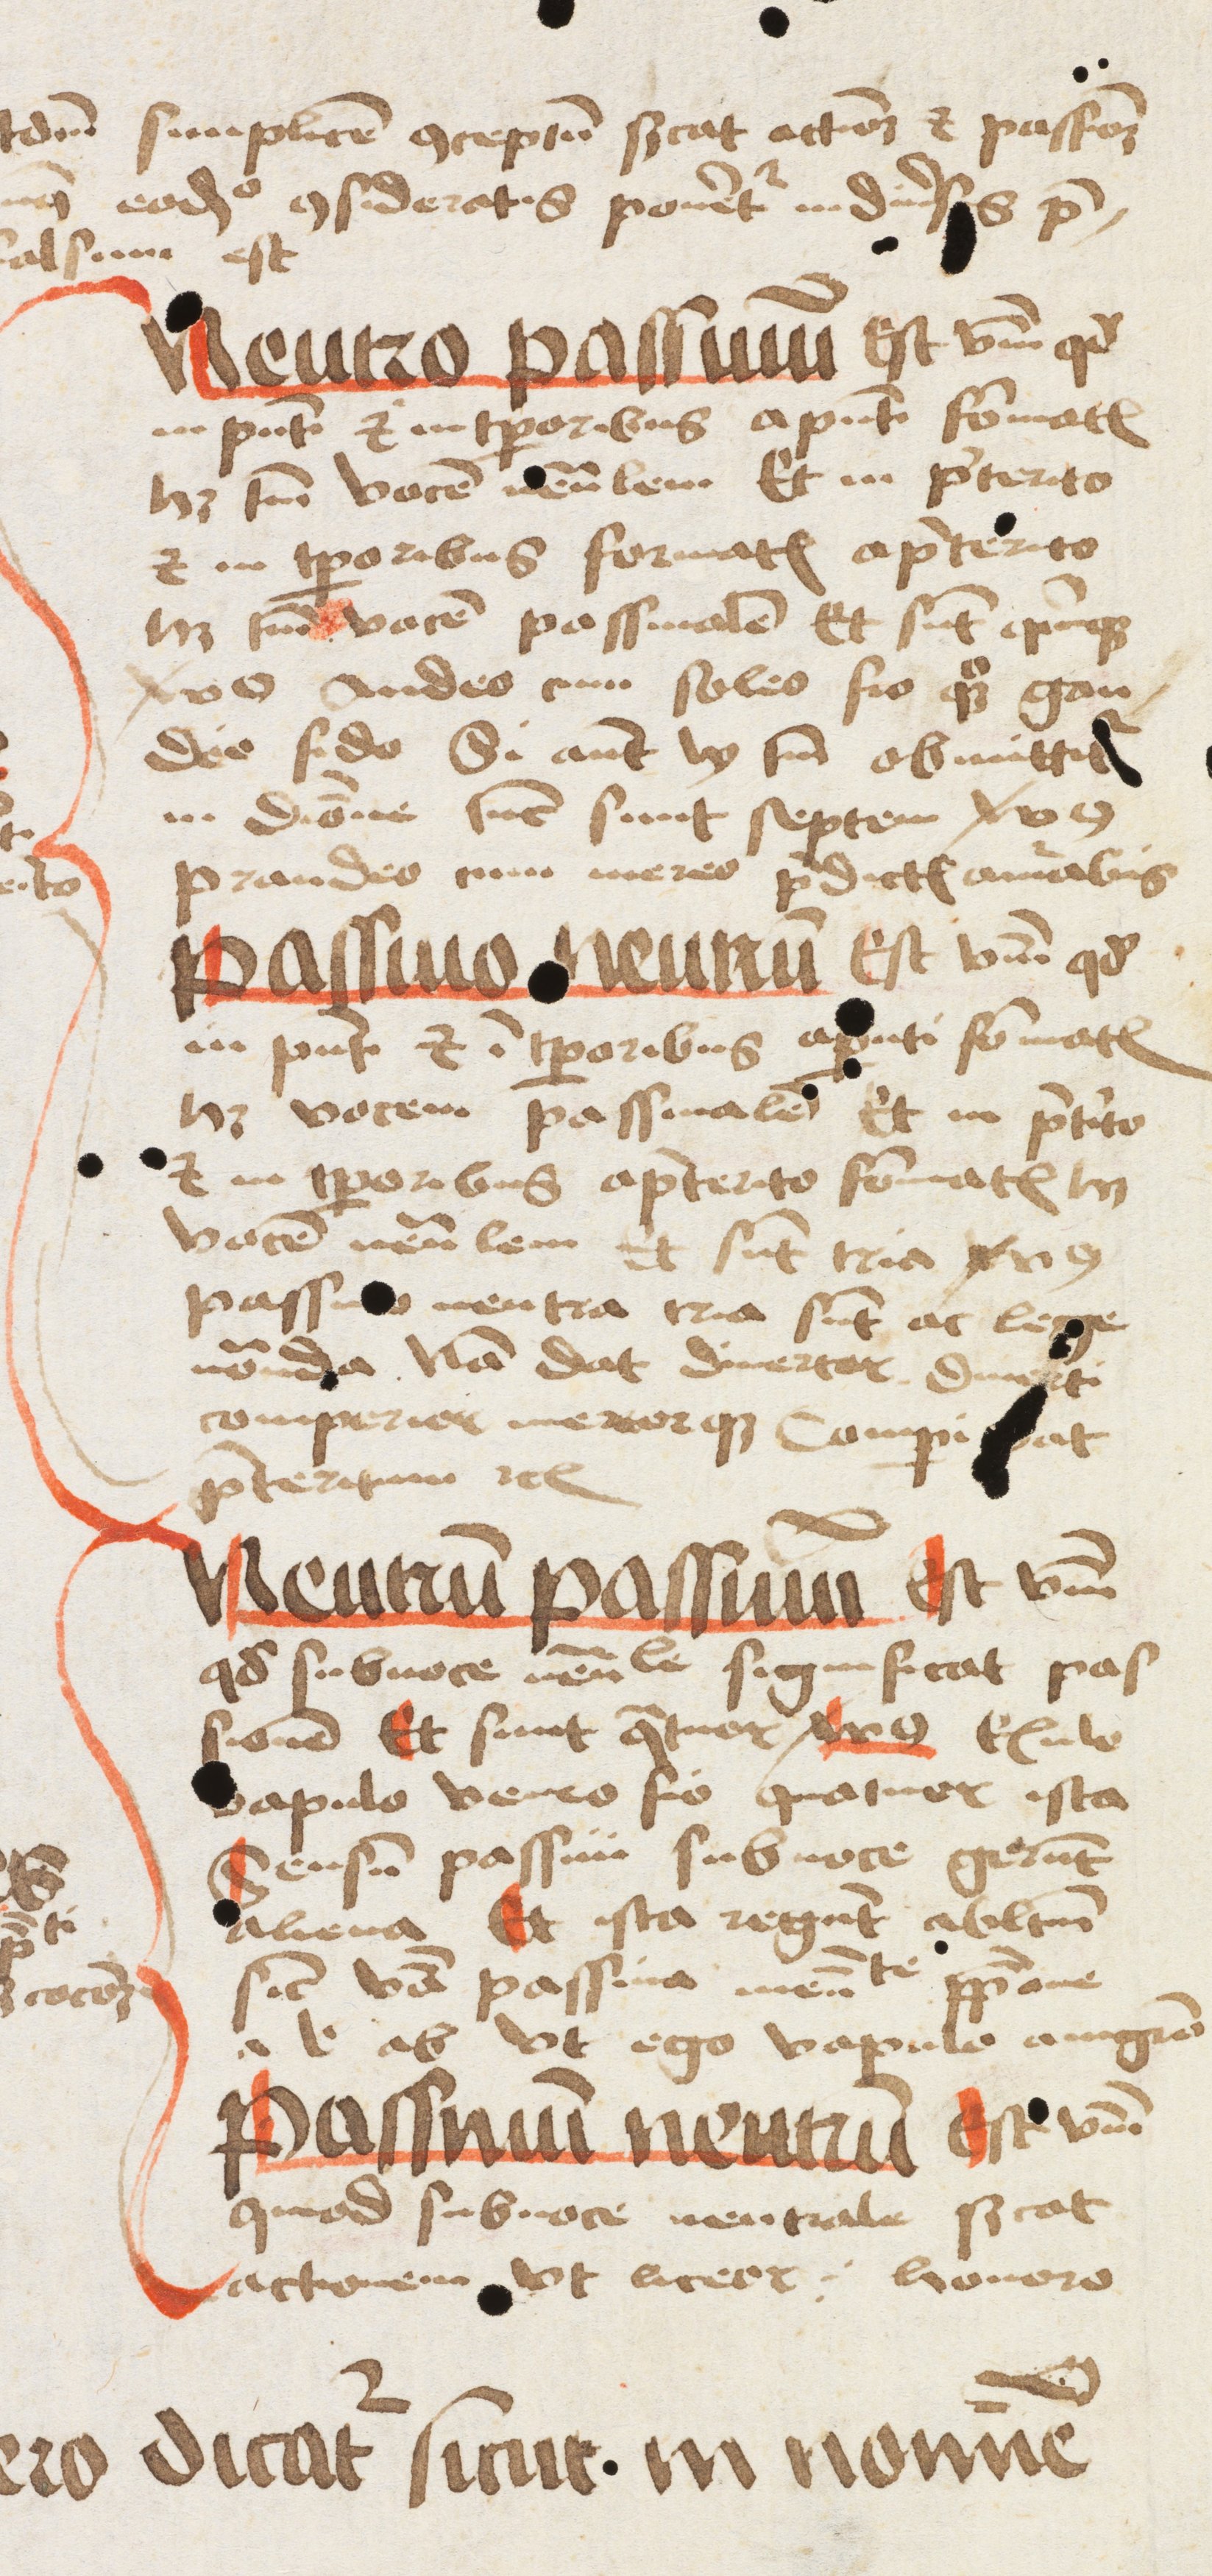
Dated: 1475–1499